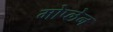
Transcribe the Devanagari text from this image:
मोप्लेन